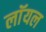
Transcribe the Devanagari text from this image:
लाॅयल